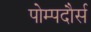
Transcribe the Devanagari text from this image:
पोम्पदौर्स